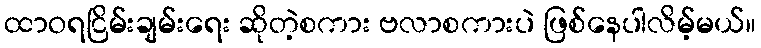
ထာဝရငြိမ်းချမ်းရေး ဆိုတဲ့စကား ဗလာစကားပဲ ဖြစ်နေပါလိမ့်မယ်။